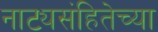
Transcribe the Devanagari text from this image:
नाट्यसंहितेच्या